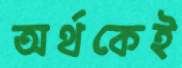
অর্থকেই